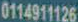
0114911126